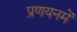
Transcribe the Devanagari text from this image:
प्रणयनमें